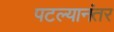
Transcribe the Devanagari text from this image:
पटल्यानंतर